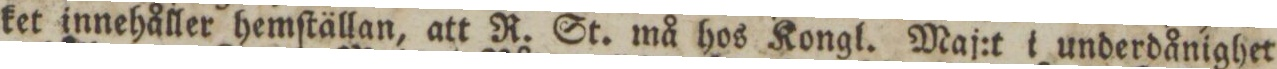
ket innehåller hemſtällan, att R. St. må hos Kongl. Maj:t i underdånighet